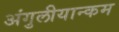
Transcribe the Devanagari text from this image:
अंगुलीयान्कम